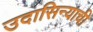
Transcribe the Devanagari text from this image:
उदासिन्याची